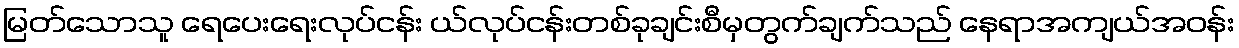
မြတ်သောသူ ရေပေးရေးလုပ်ငန်း ယ်လုပ်ငန်းတစ်ခုချင်းစီမှတွက်ချက်သည် နေရာအကျယ်အဝန်း